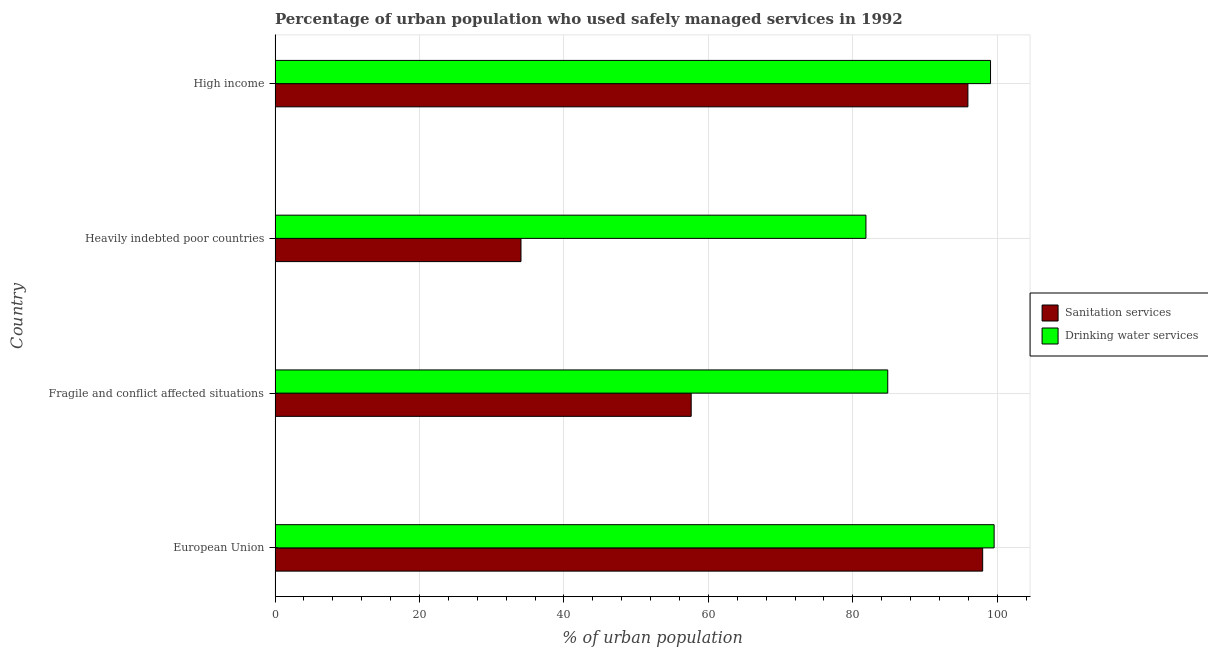
| Country | Sanitation services | Drinking water services |
 | --- | --- | --- |
 | European Union | 98 | 99.6 |
 | Fragile and conflict affected situations | 57.6 | 84.8 |
 | Heavily indebted poor countries | 34.1 | 81.8 |
 | High income | 95.9 | 99.1 |